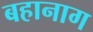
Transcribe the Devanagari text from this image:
बहानाग